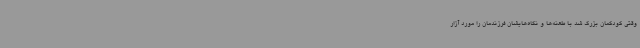
وقتی کودکمان بزرگ شد با طعنه‌ها و نگاه‌هایشان فرزندمان را مورد آزار